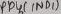
Text: PB3